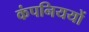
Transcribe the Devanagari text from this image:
कंपनिययों